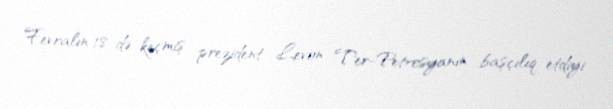
Fevralın 18-də keçmiş prezident Levon Ter-Petrosyanın başçılıq etdiyi